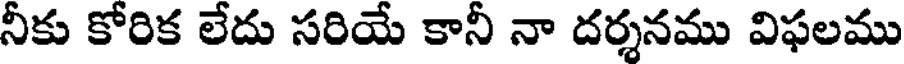
నీకు కోరిక లేదు సరియే కానీ నా దర్శనము విఫలము